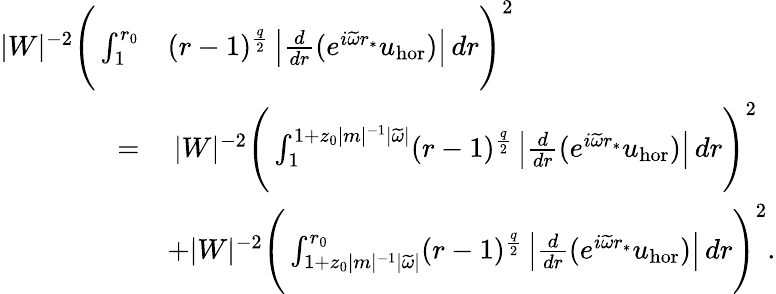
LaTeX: \begin{array}{rl}{|W|^{-2}\Bigg(\int_{1}^{r_{0}}}&{(r-1)^{\frac{q}{2}}\left|\frac{d}{dr}(e^{i\widetilde{\omega}r_{*}}{u}_{\mathrm{hor}})\right|\, dr\Bigg)^{2}}\\ {=}&{\: |W|^{-2}\Bigg(\int_{1}^{1+z_{0}|m|^{-1}|\widetilde{\omega}|}(r-1)^{\frac{q}{2}}\left|\frac{d}{dr}(e^{i\widetilde{\omega}r_{*}}{u}_{\mathrm{hor}})\right|\, dr\Bigg)^{2}}\\ &{+|W|^{-2}\Bigg(\int_{1+z_{0}|m|^{-1}|\widetilde{\omega}|}^{r_{0}}(r-1)^{\frac{q}{2}}\left|\frac{d}{dr}(e^{i\widetilde{\omega}r_{*}}u_{\mathrm{hor}})\right|\, dr\Bigg)^{2}.}\end{array}